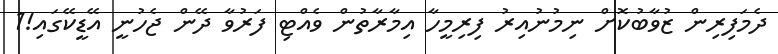
ދެމަފިރިން ޒުވާބުކޮށް ނިމުނުއިރު ފިރިމީހާ އިމާރާތުން ވެއްޓި ފަރުވާ ދޭން ޖެހުނީ އޭޑީކޭގައި!1